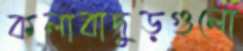
কলাবাদুড়গুলো